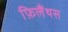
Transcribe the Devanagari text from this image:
फ़िलैंथस